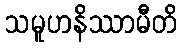
သမူဟနိဿာမီတိ